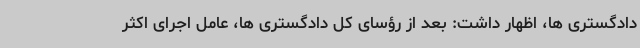
دادگستری ها، اظهار داشت: بعد از رؤسای کل دادگستری ها، عامل اجرای اکثر